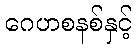
ဂေဟစနစ်နှင့်